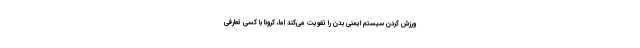
ورزش کردن سیستم ایمنی بدن را تقویت می‌کند اما، کرونا با کسی تعارفی